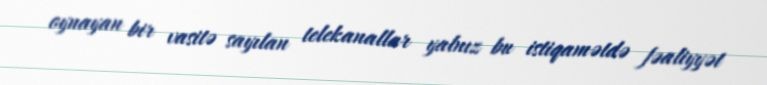
oynayan bir vasitə sayılan telekanallar yalnız bu istiqamətdə fəaliyyət